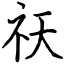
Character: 祆